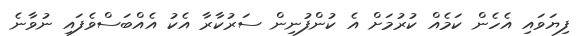
ފިޔަވައި އެހެން ކަމެއް ކުރުމަށް އެ ކުންފުނިން ސަރުކާރާ އެކު އެއްބަސްވެފައި ނުވާނެ